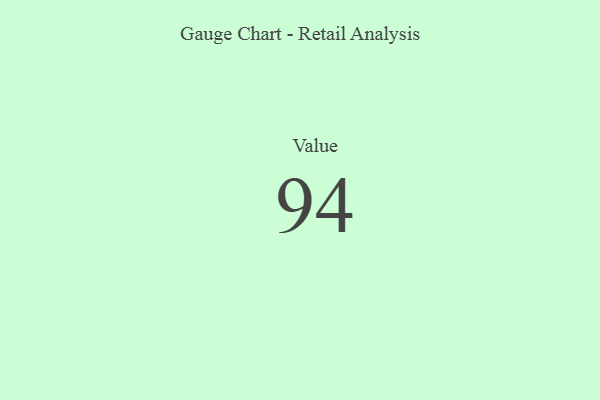
{"axis": {"x": "Metric", "y": "Value"}, "legend": [""], "data": [{"x": "Value", "y": 94, "type": ""}]}